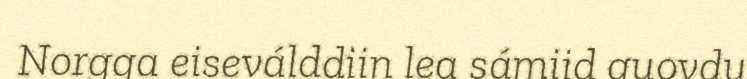
Norgga eiseválddiin lea sámiid guovdu